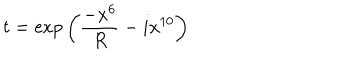
t = \exp { \left( \frac { - x ^ { 6 } } { R } - i x ^ { 1 0 } \right) }